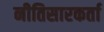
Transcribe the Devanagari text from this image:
नीतिसारकर्ता